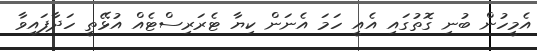
އެމީހުން ބުނި ގޮތުގައި އެއީ ހަމަ އެނަން ކިޔާ ޓެރަރިސްޓެއް އުޅޭތީ ހަދާފައިވާ